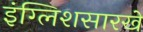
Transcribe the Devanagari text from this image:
इंग्लिशसारखे